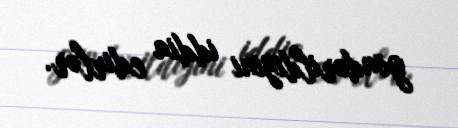
göndərildiyini iddia edirlər.